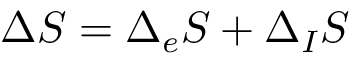
\Delta S = \Delta _ { e } S + \Delta _ { I } S